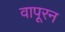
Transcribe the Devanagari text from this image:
वापूरन